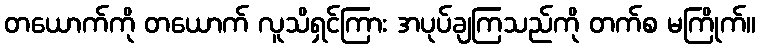
တယောက်ကို တယောက် လူသိရှင်ကြား အပုပ်ချကြသည်ကို တက်စ မကြိုက်။